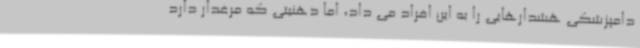
دامپزشکی هشدارهایی را به این افراد می داد، اما ذهنیتی که مرغدار دارد